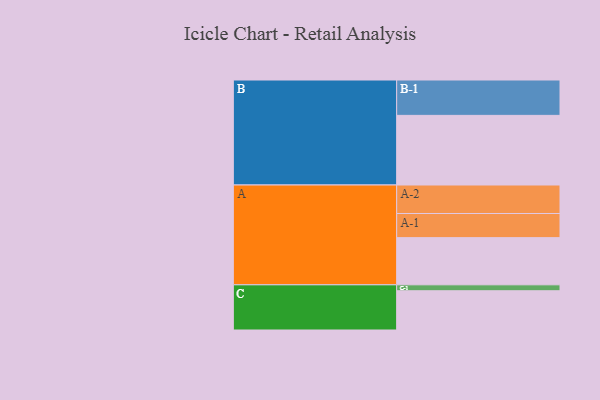
{"axis": {"x": "Segment", "y": "Value"}, "legend": ["", "A", "B", "C"], "data": [{"x": "A", "y": 399, "type": ""}, {"x": "B", "y": 589, "type": ""}, {"x": "C", "y": 332, "type": ""}, {"x": "A-1", "y": 204, "type": "A"}, {"x": "A-2", "y": 241, "type": "A"}, {"x": "B-1", "y": 299, "type": "B"}, {"x": "C-1", "y": 50, "type": "C"}]}